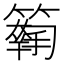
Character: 𥵱